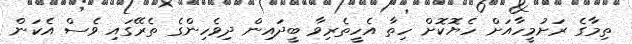
ތިމާގެ ރަށުމީހާއަށް ހެޔޮކޮށް ހިތާ އެހީތެރިވާ ބީދައިން ދިވެހިންގެ ތެރޭގައި ވެސް އެކަން